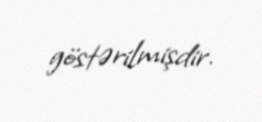
göstərilmişdir.